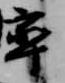
卒